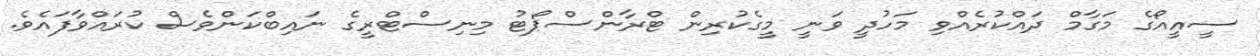
ސީއީއޯގެ މަގާމް ދައްކުރެއްވި މަހުދީ ވަނީ މީގެކުރިން ޓްރާންސްޕޯޓު މިނިސްޓްރީގެ ނައިބްކަންވެސް ކުރައްވާފައެވެ.